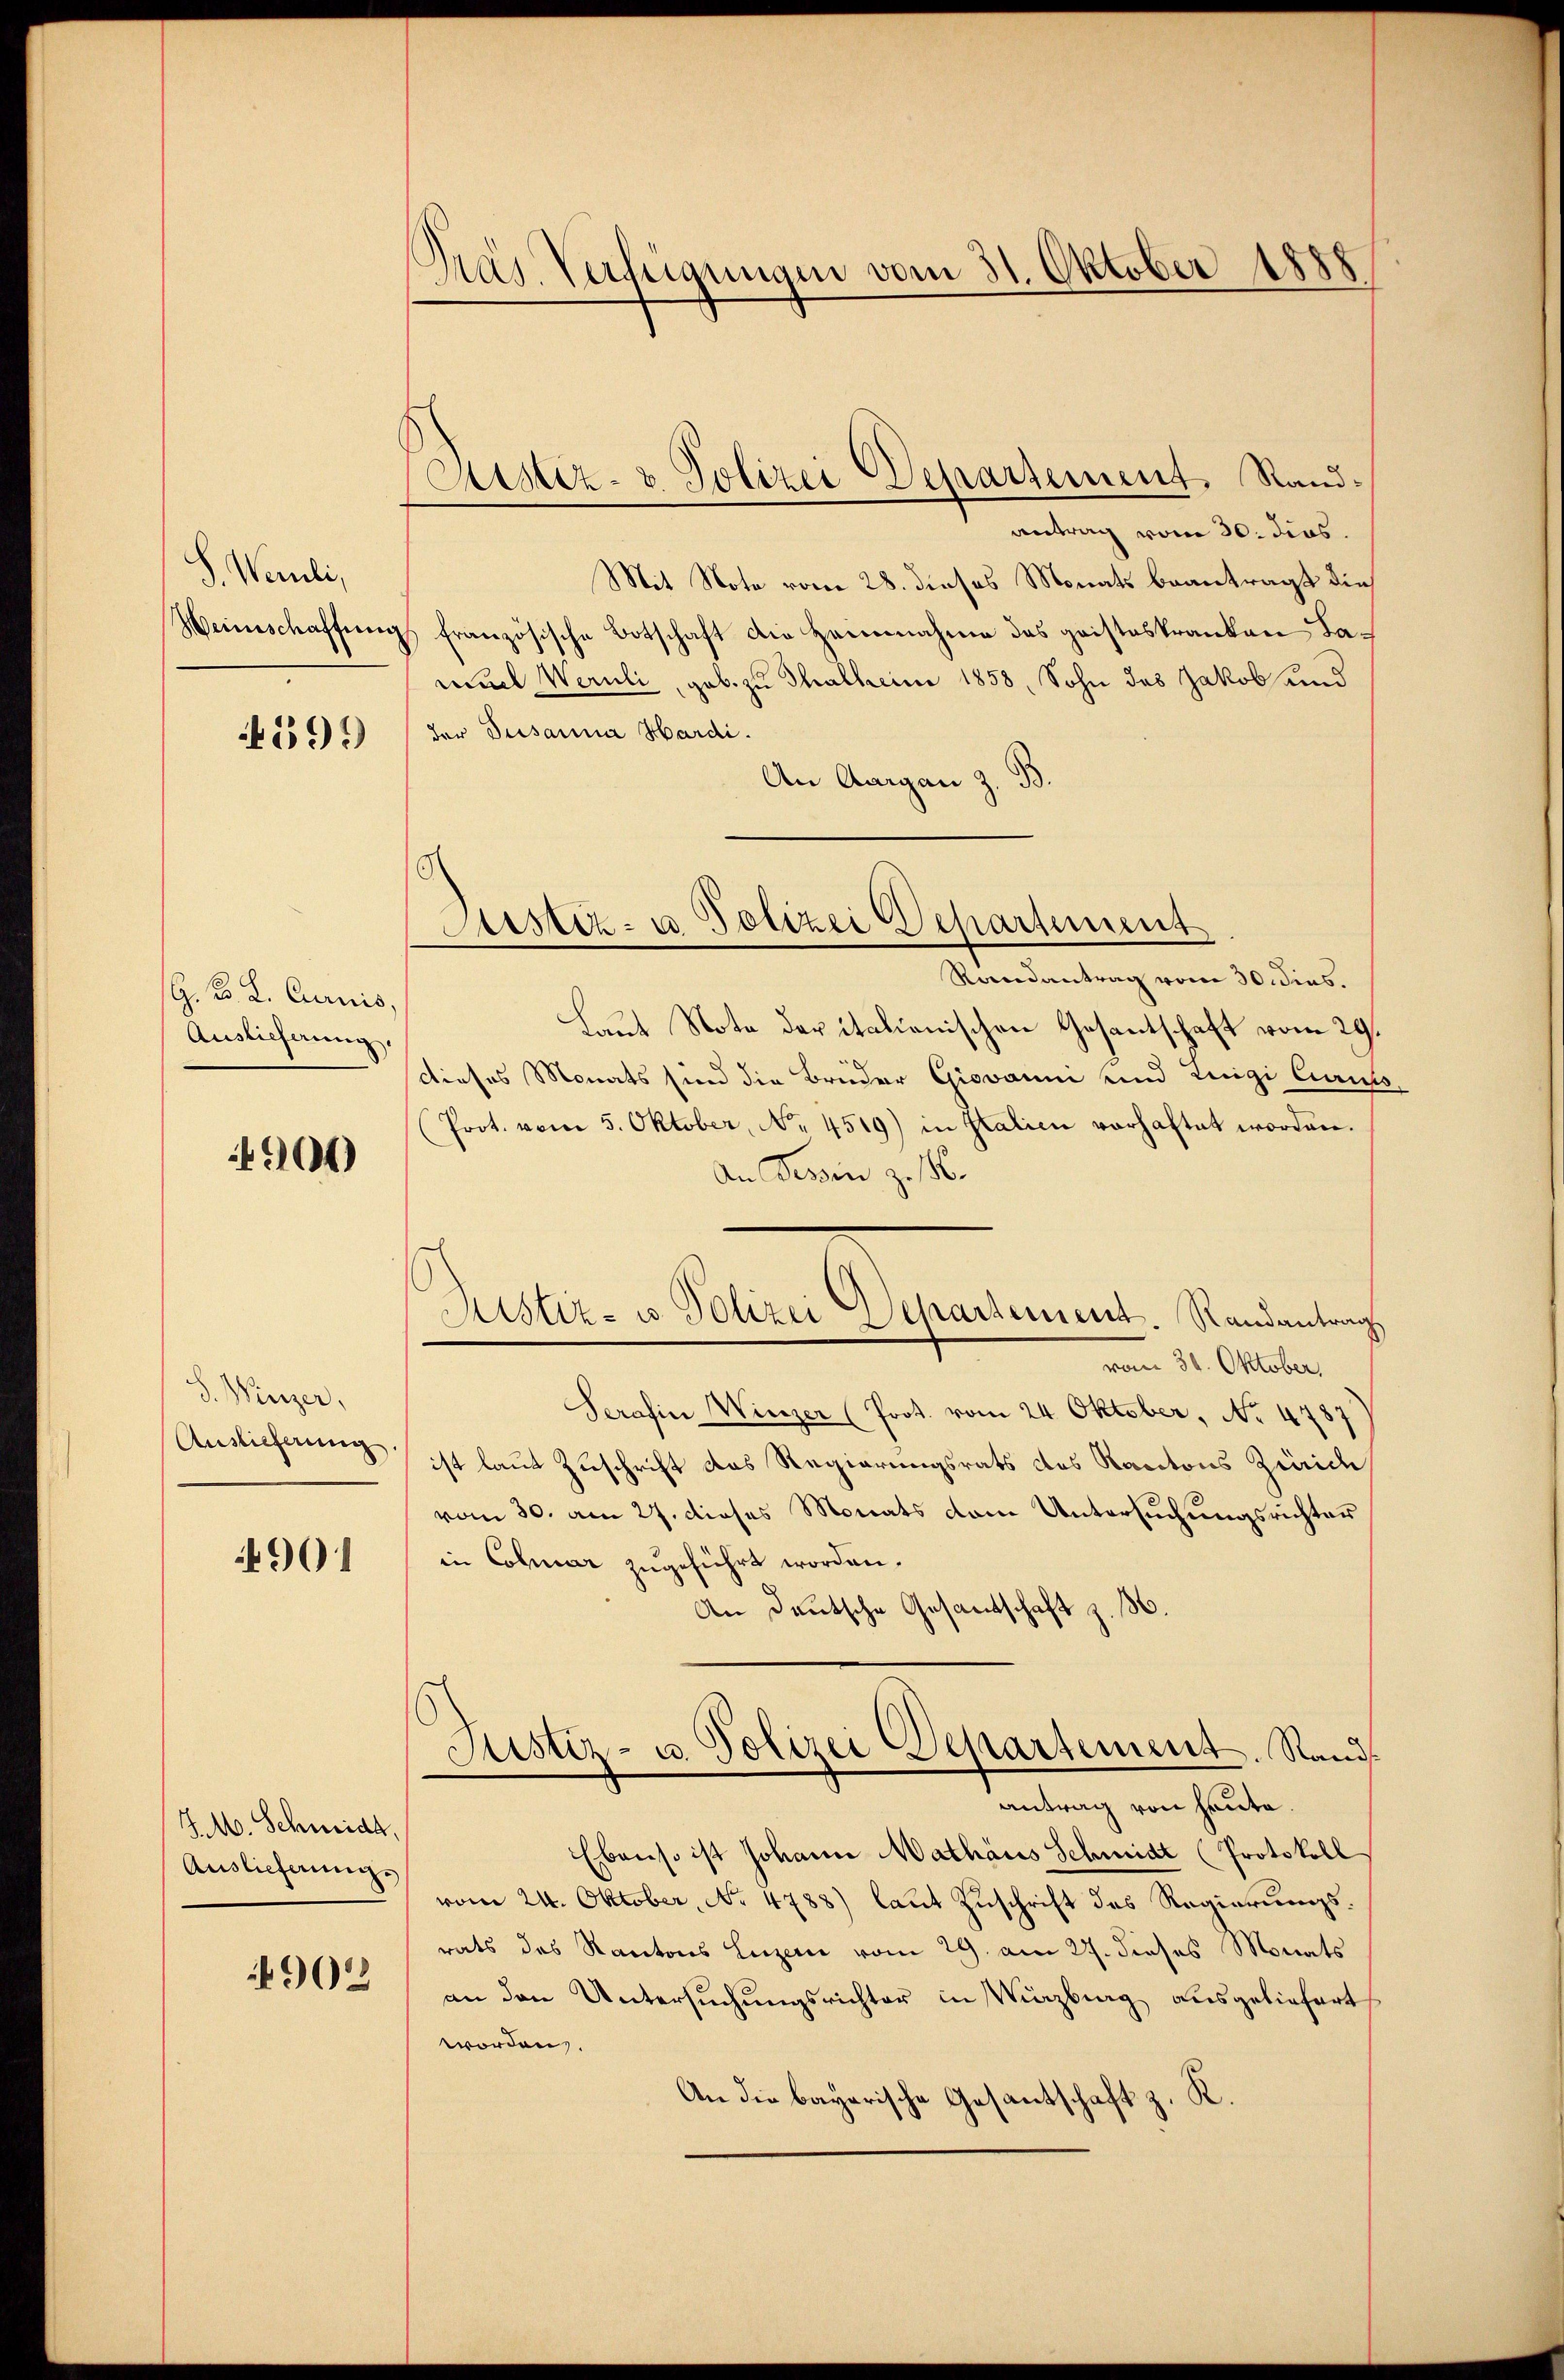
S. Wernli,
Weinschaftung

199

G. B. L. Carnis,
Auslieferung

900

S. Winzer,
Auslieferung

4901

J. M. Schmidt,
Auslieferung.

902

Tras Verfügungen vom 31. Oktober 1888

Sistiz- & Polizei Departement. Rand¬

antrag vom 30. dies.
Mit Note vom 28. dieses Monats beantragt die
französische Botschaft die Heinnahme das geisteskranken Lamuel Wernli, geb. zu Thallein 1858, Sohn das Jakob und
der Susanna Hardi.
An Aargau z. B.
Rondantrag vom 30. dies.
Laut Note der italienischen Gesantschaft vom 29.
dieses Monats sind die Brüder Giovaum und Luigi Can
Prot. vom 5. Oktober, No. 4519) in Italien vorhaftet worden.
An Tessin zu 156.
Justiz- u. Polizei Departement. Randantrag.
vom 30. Oktober.
Serasin Winzer (Prot. vom 24 Oktober, No 4787
ist laut Zuschrift das Regierungsrats des Kantons Züric
vom 30. am 27. dieses Monats dem Untersuchungsrichter
in Colmar zugeführt worden.
An Deutsche Gesandtschaft z. B.
Justiz- u. Polizei Departement. Sandantrag von heute.
Ebenso ist Johann Mathäus Schmidt (Protokoll
vom 24. Oktober, No 4788) laut Zuschrift des Regierungsrats des Kantons Luzern vom 29. am 27. dieses Monats
an den Untersuchungsrichter in Würzburg ausgeliefert
worden.
An die bayerische Gesantschaft z. K.

Astiz- u. Polizei Departement